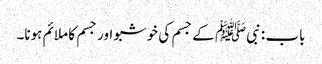
باب : نبیﷺ کے جسم کی خوشبو اور جسم کا ملائم ہونا۔